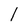
Character: l